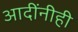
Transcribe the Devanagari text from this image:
आदींनीही